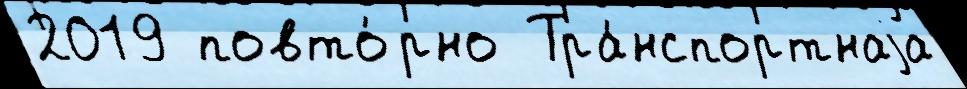
2019 повто́рно  Тра́нспортнаjа